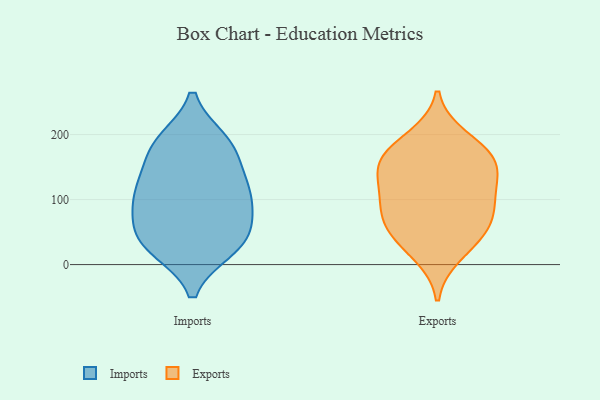
{"axis": {"x": "Backlog", "y": "Value"}, "legend": ["Exports", "Imports"], "data": [{"x": "", "y": 163, "type": "Imports"}, {"x": "", "y": 25, "type": "Imports"}, {"x": "", "y": 108, "type": "Imports"}, {"x": "", "y": 112, "type": "Imports"}, {"x": "", "y": 77, "type": "Imports"}, {"x": "", "y": 24, "type": "Imports"}, {"x": "", "y": 51, "type": "Imports"}, {"x": "", "y": 84, "type": "Imports"}, {"x": "", "y": 188, "type": "Imports"}, {"x": "", "y": 121, "type": "Imports"}, {"x": "", "y": 185, "type": "Imports"}, {"x": "", "y": 28, "type": "Imports"}, {"x": "", "y": 190, "type": "Imports"}, {"x": "", "y": 48, "type": "Imports"}, {"x": "", "y": 126, "type": "Imports"}, {"x": "", "y": 139, "type": "Exports"}, {"x": "", "y": 195, "type": "Exports"}, {"x": "", "y": 45, "type": "Exports"}, {"x": "", "y": 16, "type": "Exports"}, {"x": "", "y": 53, "type": "Exports"}, {"x": "", "y": 174, "type": "Exports"}, {"x": "", "y": 103, "type": "Exports"}, {"x": "", "y": 159, "type": "Exports"}, {"x": "", "y": 61, "type": "Exports"}, {"x": "", "y": 94, "type": "Exports"}, {"x": "", "y": 163, "type": "Exports"}, {"x": "", "y": 91, "type": "Exports"}, {"x": "", "y": 141, "type": "Exports"}]}